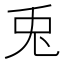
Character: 兎